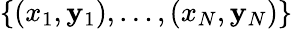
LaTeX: \{ (x_{1},\mathbf{y}_{1}),\ldots,(x_{N},\mathbf{y}_{N})\}